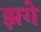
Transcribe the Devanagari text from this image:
झगे